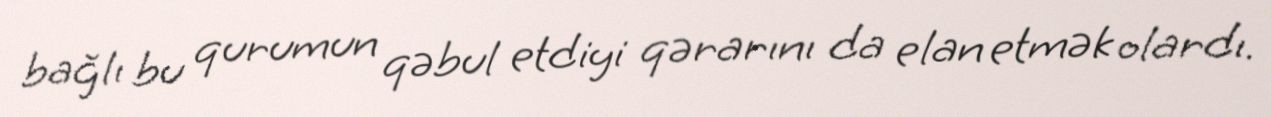
bağlı bu qurumun qəbul etdiyi qərarını da elan etmək olardı.